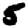
Digit: 5